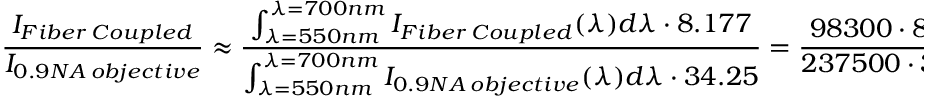
\frac { I _ { F i b e r \: C o u p l e d } } { I _ { 0 . 9 N A \: o b j e c t i v e } } \approx \frac { \int _ { \lambda = 5 5 0 n m } ^ { \lambda = 7 0 0 n m } I _ { F i b e r \: C o u p l e d } ( \lambda ) d \lambda \cdot 8 . 1 7 7 } { \int _ { \lambda = 5 5 0 n m } ^ { \lambda = 7 0 0 n m } I _ { 0 . 9 N A \: o b j e c t i v e } ( \lambda ) d \lambda \cdot 3 4 . 2 5 } = \frac { 9 8 3 0 0 \cdot 8 . 1 7 7 } { 2 3 7 5 0 0 \cdot 3 4 . 2 5 } \approx 0 . 0 9 8 8